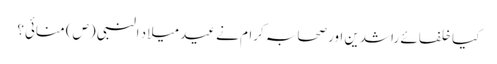
کیا خلفائے راشدین اور صحابہ کرام نے عید میلاد النبی (ص) منائی؟